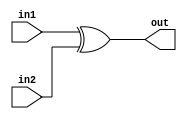
// Developed by Aashi Srivastava
//TITLE: XOR GATE WITH CONTINUOUS ASSIGNMENT
module xorGate_CA (in1 ,in2 ,out); //module name assignment
    input in1,in2; // one-bit inputs (input-1, input-2)
    output out;

    assign out=in1^in2; // Continuous Assiggment using assign. "Out" is net type while "in" is reg type.
endmodule